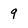
Character: 9